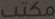
مكتب